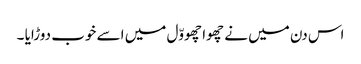
اس دن میں نے چھوا چھووّل میں اسے خوب دوڑایا ۔